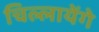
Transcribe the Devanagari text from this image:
चिल्लायेंगे